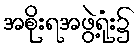
အစိုးရအဖွဲ့ရုံး၌